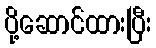
ပို့ဆောင်ထားပြီး